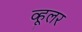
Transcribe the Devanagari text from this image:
व्हूलर